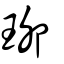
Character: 珋